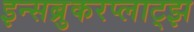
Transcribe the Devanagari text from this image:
इन्सब्रुकरप्लाट्झ